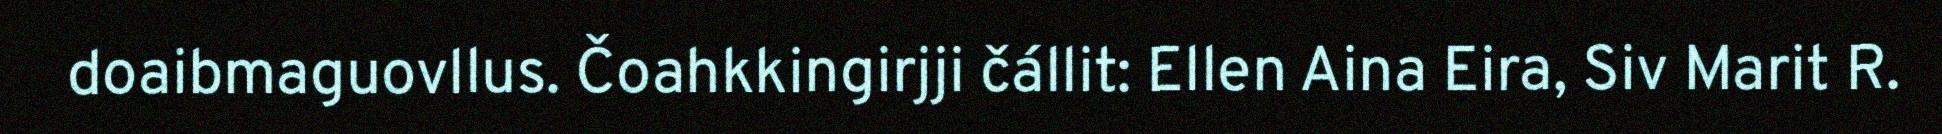
doaibmaguovllus. Čoahkkingirjji čállit: Ellen Aina Eira, Siv Marit R.